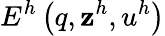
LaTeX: E^{h}\left(q,\mathbf{z}^{h},u^{h}\right)